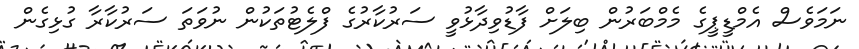
ނަމަވެސް އެމްޑީޕީގެ މެމްބަރުން ބިލަށް ފާޑުވިދާޅުވީ ސަރުކާރުގެ ފްލެޓުތަކުން ނުވަތަ ސަރުކާރާ ގުޅިގެން